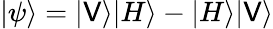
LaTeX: |\psi\rangle=|\mathsf{V}\rangle|H\rangle-|H\rangle|\mathsf{V}\rangle